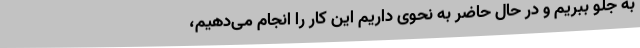
به جلو ببریم و در حال حاضر به نحوی داریم این کار را انجام می‌دهیم،